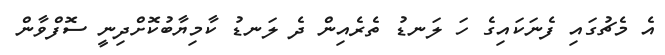
އެ މެޗުގައި ފެނަކައިގެ ހަ ލަނޑު ތެރެއިން ދެ ލަނޑު ކާމިޔާބުކޮށްދިނީ ސޮފްވާން